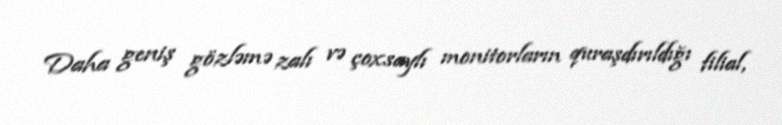
Daha geniş gözləmə zalı və çoxsaylı monitorların quraşdırıldığı filial,